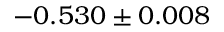
- 0 . 5 3 0 \pm 0 . 0 0 8